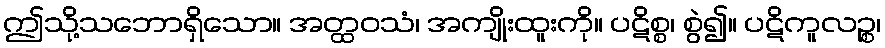
ဤသို့သဘောရှိသော။ အတ္ထဝသံ၊ အကျိုးထူးကို။ ပဋိစ္စ၊ စွဲ၍။ ပဋိကူလဉ္စ၊